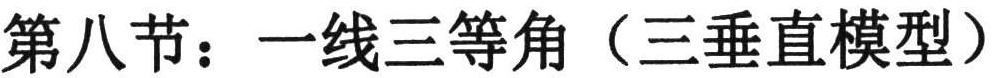
第八节：一线三等角（三垂直模型）